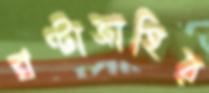
ঘণ্টাজাহির